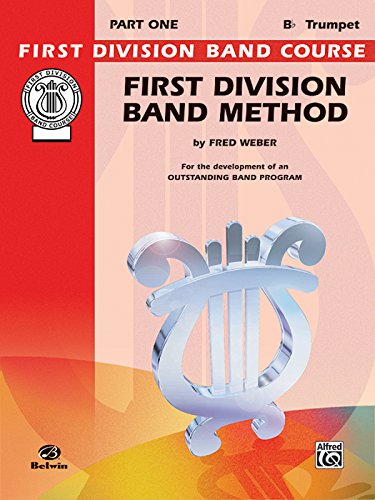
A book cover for First Division Band Method, Part 1: B-Flat Cornet (Trumpet) (First Division Band Course); Fred Weber; Teen & Young Adult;